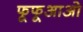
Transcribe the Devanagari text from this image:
फूफूआओ